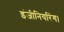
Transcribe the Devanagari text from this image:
इंजीनियरिंग।